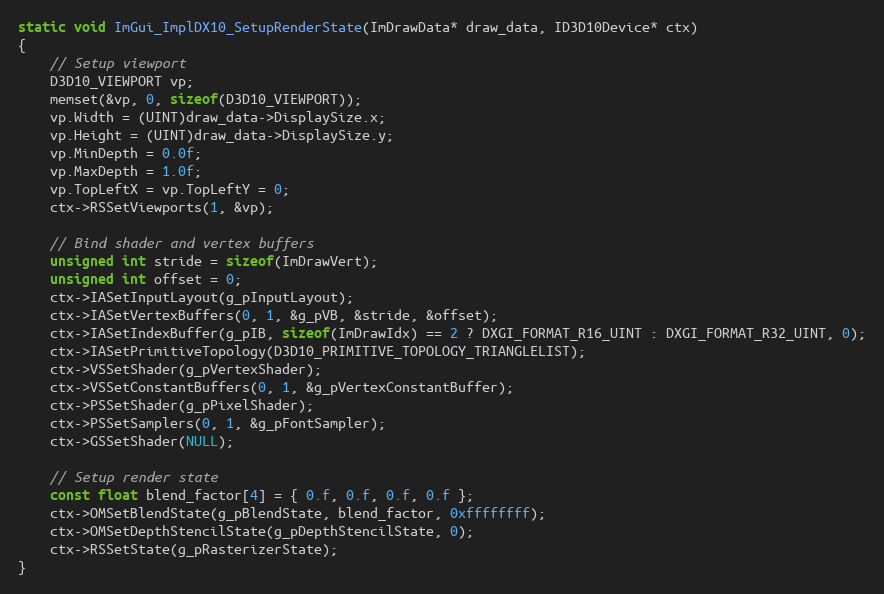
Language: C++
static void ImGui_ImplDX10_SetupRenderState(ImDrawData* draw_data, ID3D10Device* ctx)
{
    // Setup viewport
    D3D10_VIEWPORT vp;
    memset(&vp, 0, sizeof(D3D10_VIEWPORT));
    vp.Width = (UINT)draw_data->DisplaySize.x;
    vp.Height = (UINT)draw_data->DisplaySize.y;
    vp.MinDepth = 0.0f;
    vp.MaxDepth = 1.0f;
    vp.TopLeftX = vp.TopLeftY = 0;
    ctx->RSSetViewports(1, &vp);

    // Bind shader and vertex buffers
    unsigned int stride = sizeof(ImDrawVert);
    unsigned int offset = 0;
    ctx->IASetInputLayout(g_pInputLayout);
    ctx->IASetVertexBuffers(0, 1, &g_pVB, &stride, &offset);
    ctx->IASetIndexBuffer(g_pIB, sizeof(ImDrawIdx) == 2 ? DXGI_FORMAT_R16_UINT : DXGI_FORMAT_R32_UINT, 0);
    ctx->IASetPrimitiveTopology(D3D10_PRIMITIVE_TOPOLOGY_TRIANGLELIST);
    ctx->VSSetShader(g_pVertexShader);
    ctx->VSSetConstantBuffers(0, 1, &g_pVertexConstantBuffer);
    ctx->PSSetShader(g_pPixelShader);
    ctx->PSSetSamplers(0, 1, &g_pFontSampler);
    ctx->GSSetShader(NULL);

    // Setup render state
    const float blend_factor[4] = { 0.f, 0.f, 0.f, 0.f };
    ctx->OMSetBlendState(g_pBlendState, blend_factor, 0xffffffff);
    ctx->OMSetDepthStencilState(g_pDepthStencilState, 0);
    ctx->RSSetState(g_pRasterizerState);
}